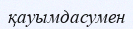
қауымдасумен